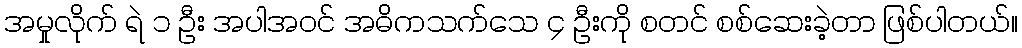
အမှုလိုက် ရဲ ၁ ဦး အပါအဝင် အဓိကသက်သေ ၄ ဦးကို စတင် စစ်ဆေးခဲ့တာ ဖြစ်ပါတယ်။